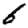
Digit: 6